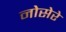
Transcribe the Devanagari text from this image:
नोसेरे